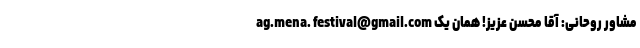
ag.mena. festival@gmail.com مشاور روحانی: آقا محسن عزیز! همان یک